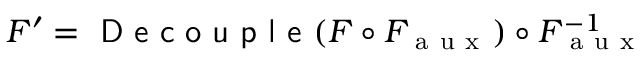
F ^ { \prime } = \textsf { D e c o u p l e } ( F \circ F _ { \mathrm { ~ a ~ u ~ x ~ } } ) \circ F _ { \mathrm { ~ a ~ u ~ x ~ } } ^ { - 1 }